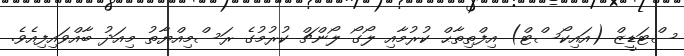
ސްޓަޑީޒް (އައިކޯސްޓް) އިފްތިތާޙް ކުރުމާއި ލޯގޯ ލޯންޗް ކުރުމުގެ ރަސްމިއްޔާތު މިއަދު ބާއްވައިފިއެވެ.